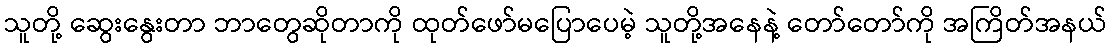
သူတို့ ဆွေးနွေးတာ ဘာတွေဆိုတာကို ထုတ်ဖော်မပြောပေမဲ့ သူတို့အနေနဲ့ တော်တော်ကို အကြိတ်အနယ်